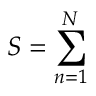
S = \sum _ { n = 1 } ^ { N }